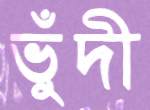
ভুঁদী